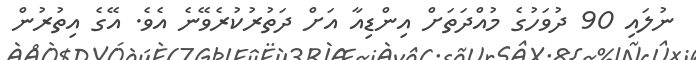
ނުލައި 90 ދުވަހުގެ މުއްދަތަށް އިންޑިއާ އަށް ދަތުރުކުރެވޭނެ އެވެ. އޭގެ އިތުރުން